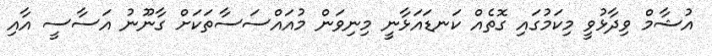
އުޝާމް ވިދާޅުވީ މިކަމުގައި ގޮތެއް ކަނޑައަޅާނީ މިނިވަން މުއައްސަސާތަކަށް ގާނޫނު އަސާސީ އާއި